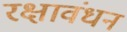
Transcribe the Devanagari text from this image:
रक्षावंधन